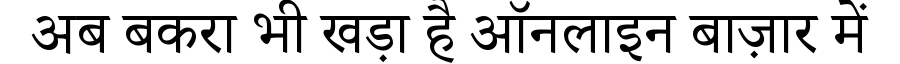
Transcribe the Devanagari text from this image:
अब बकरा भी खड़ा है ऑनलाइन बाज़ार में